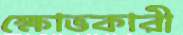
ক্ষোভকারী